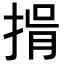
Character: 𢯇